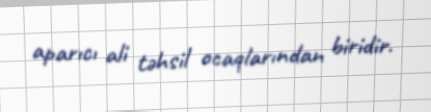
aparıcı ali təhsil ocaqlarından biridir.